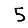
Digit: 5